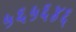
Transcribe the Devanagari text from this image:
५६५६४६